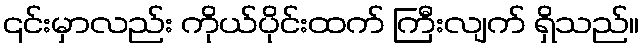
၎င်းမှာလည်း ကိုယ်ပိုင်းထက် ကြီးလျက် ရှိသည်။